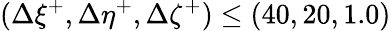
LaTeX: (\Delta\xi^{+},\Delta\eta^{+},\Delta\zeta^{+})\leq(40,20,1.0)